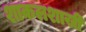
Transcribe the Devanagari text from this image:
शाकलशाखी